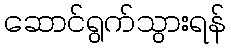
ဆောင်ရွက်သွားရန်